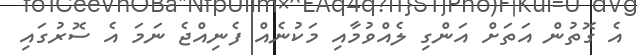
އެ ގޮތުން އަތަށް އަންގި ލެއްވުމާއި މަކުނެއް ފެނިއްޖެ ނަމަ އެ ސޮރުގައި